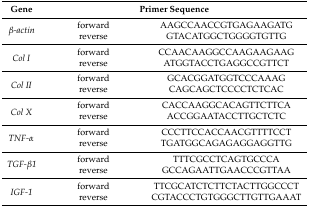
<table><thead><tr><td><b>Gene</b></td><td colspan="2"><b>Primer Sequence</b></td></tr></thead><tbody><tr><td rowspan="2"><i>β-actin</i></td><td>forward</td><td>AAGCCAACCGTGAGAAGATG</td></tr><tr><td>reverse</td><td>GTACATGGCTGGGGTGTTG</td></tr><tr><td rowspan="2"><i>Col I</i></td><td>forward</td><td>CCAACAAGGCCAAGAAGAAG</td></tr><tr><td>reverse</td><td>ATGGTACCTGAGGCCGTTCT</td></tr><tr><td rowspan="2"><i>Col II</i></td><td>forward</td><td>GCACGGATGGTCCCAAAG</td></tr><tr><td>reverse</td><td>CAGCAGCTCCCCTCTCAC</td></tr><tr><td rowspan="2"><i>Col X</i></td><td>forward</td><td>CACCAAGGCACAGTTCTTCA</td></tr><tr><td>reverse</td><td>ACCGGAATACCTTGCTCTC</td></tr><tr><td rowspan="2"><i>TNF-α</i></td><td>forward</td><td>CCCTTCCACCAACGTTTTCCT</td></tr><tr><td>reverse</td><td>TGATGGCAGAGAGGAGGTTG</td></tr><tr><td rowspan="2"><i>TGF-β1</i></td><td>forward</td><td>TTTCGCCTCAGTGCCCA</td></tr><tr><td>reverse</td><td>GCCAGAATTGAACCCGTTAA</td></tr><tr><td rowspan="2"><i>IGF-1</i></td><td>forward</td><td>TTCGCATCTCTTCTACTTGGCCCT</td></tr><tr><td>reverse</td><td>CGTACCCTGTGGGCTTGTTGAAAT</td></tr></tbody></table>